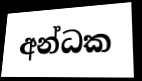
අන්ධක